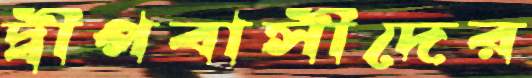
দ্বীপবাসীদের